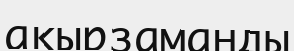
ақырзаманды